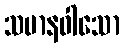
သမာနဝါသော